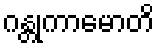
ဂန္တုကာမောတိ